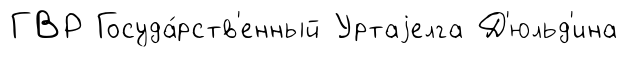
ГВР Госуда́рств'енный Уртаjелга Д'юльд'ина